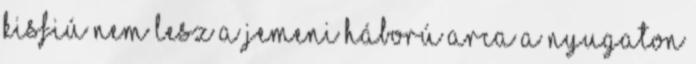
kisfiú nem lesz a JEMENI HÁBORÚ ARCA a nyugaton